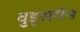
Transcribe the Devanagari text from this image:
वुड्समेन